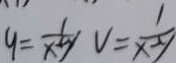
y = \frac { 1 } { x + y } V = \frac { 1 } { x - y }